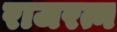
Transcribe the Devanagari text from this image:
राजरत्न